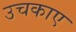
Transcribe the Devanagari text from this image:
उचकाए